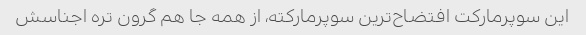
این سوپرمارکت افتضاح‌ترین سوپرمارکته، از همه جا هم گرون تره اجناسش